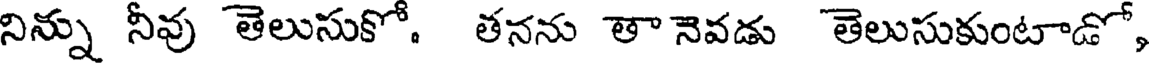
నిన్ను నీవు తెలుసుకో. తనను తా నెవడు తెలుసుకుంటాడో,